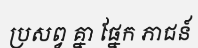
ប្រសព្វ គ្នា ផ្នែក ភាជន៍